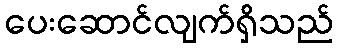
ပေးဆောင်လျက်ရှိသည်